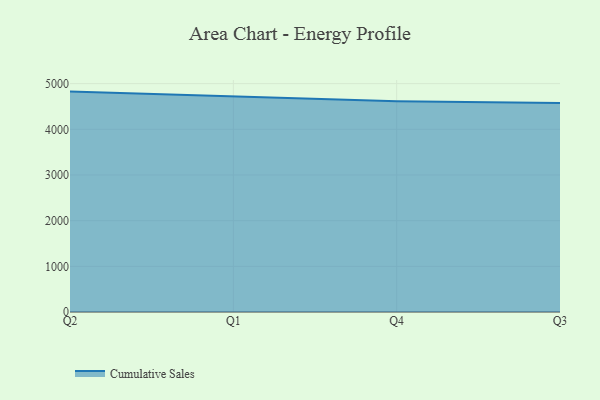
{"axis": {"x": "Quarter", "y": "Market Share (%)"}, "legend": ["Cumulative Sales"], "data": [{"x": "Q2", "y": 4825.4, "type": "Cumulative Sales"}, {"x": "Q1", "y": 4722.3, "type": "Cumulative Sales"}, {"x": "Q4", "y": 4612.3, "type": "Cumulative Sales"}, {"x": "Q3", "y": 4576.7, "type": "Cumulative Sales"}]}